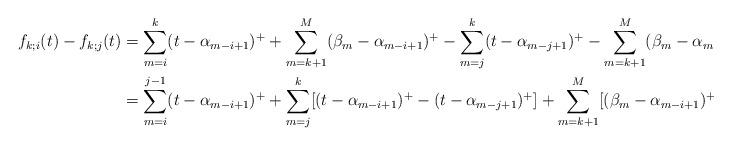
LaTeX: \begin{align*}f_{k;i}(t)-f_{k;j}(t)&=\sum_{m=i}^{k}(t-\alpha_{m-i+1})^++\sum_{m=k+1}^{M}(\beta_m-\alpha_{m-i+1})^+-\sum_{m=j}^{k}(t-\alpha_{m-j+1})^+-\sum_{m=k+1}^{M}(\beta_m-\alpha_{m-j+1})^+\\&=\sum_{m=i}^{j-1}(t-\alpha_{m-i+1})^++\sum_{m=j}^{k}[(t-\alpha_{m-i+1})^+-(t-\alpha_{m-j+1})^+]+\sum_{m=k+1}^{M}[(\beta_m-\alpha_{m-i+1})^+-(\beta_m-\alpha_{m-j+1})^+],\end{align*}